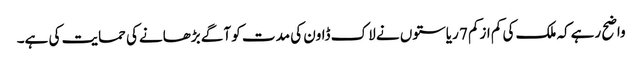
واضح رہےکہ ملک کی کم ازکم 7 ریاستوں نے لاک ڈاون کی مدت کو آگے بڑھانےکی حمایت کی ہے۔